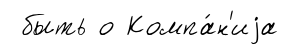
быть о Компа́н'иjа